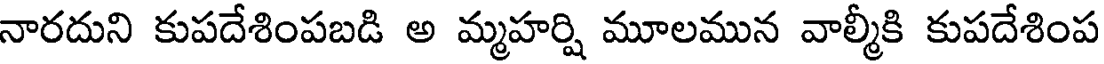
నారదుని కుపదేశింపబడి అ మ్మహర్షి మూలమున వాల్మీకి కుపదేశింప